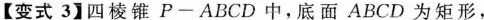
【变式3】四棱锥P-ABCD中，底面ABCD为矩形，